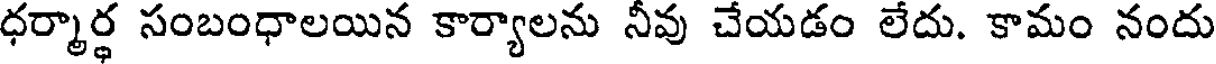
ధర్మార్థ సంబంధాలయిన కార్యాలను నీవు చేయడం లేదు. కామం నందు